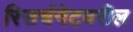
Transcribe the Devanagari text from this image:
रिसर्चगेटवरील